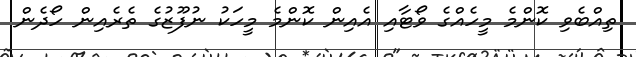
ތިއްބެވި ކޮންމެ މީހެއްގެ ވޯޓާއި އެއިން ކޮންމެ މީހަކު ނުފޫޒުގެ ތެރެއިން ހޯދެން